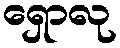
ရှောလု